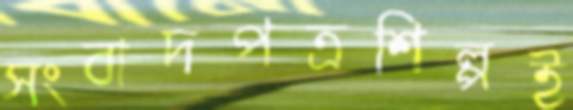
সংবাদপত্রশিল্পই